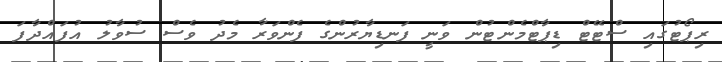
ރިޕޯޓުގައި ސްޓޭޓް ޑިޕާޓްމެންޓުން ވަނީ ފަނޑިޔާރުންގެ ފެންވަރާ މެދު ވެސް ސުވާލު އުފައްދާފަ